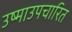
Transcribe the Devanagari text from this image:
उष्माउपचारित